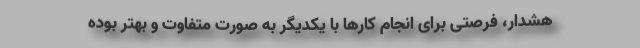
هشدار، فرصتی برای انجام کارها با یکدیگر به‌ صورت متفاوت و بهتر بوده